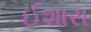
ઈશારા